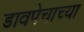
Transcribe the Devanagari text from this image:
डावपेचाच्या